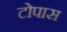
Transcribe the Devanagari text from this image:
टोपास